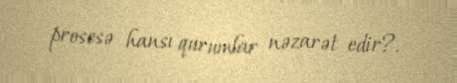
prosesə hansı qurumlar nəzarət edir?.